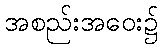
အစည်းအဝေး၌